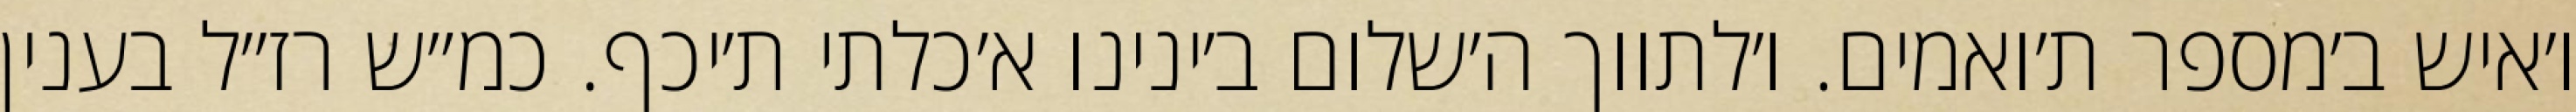
ו׳איש ב׳מספר ת׳ואמים. ו׳לתווך ה׳שלום ב׳ינינו א׳כלתי ת׳יכף. כמ״ש רז״ל בענין